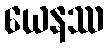
ယေနဿ